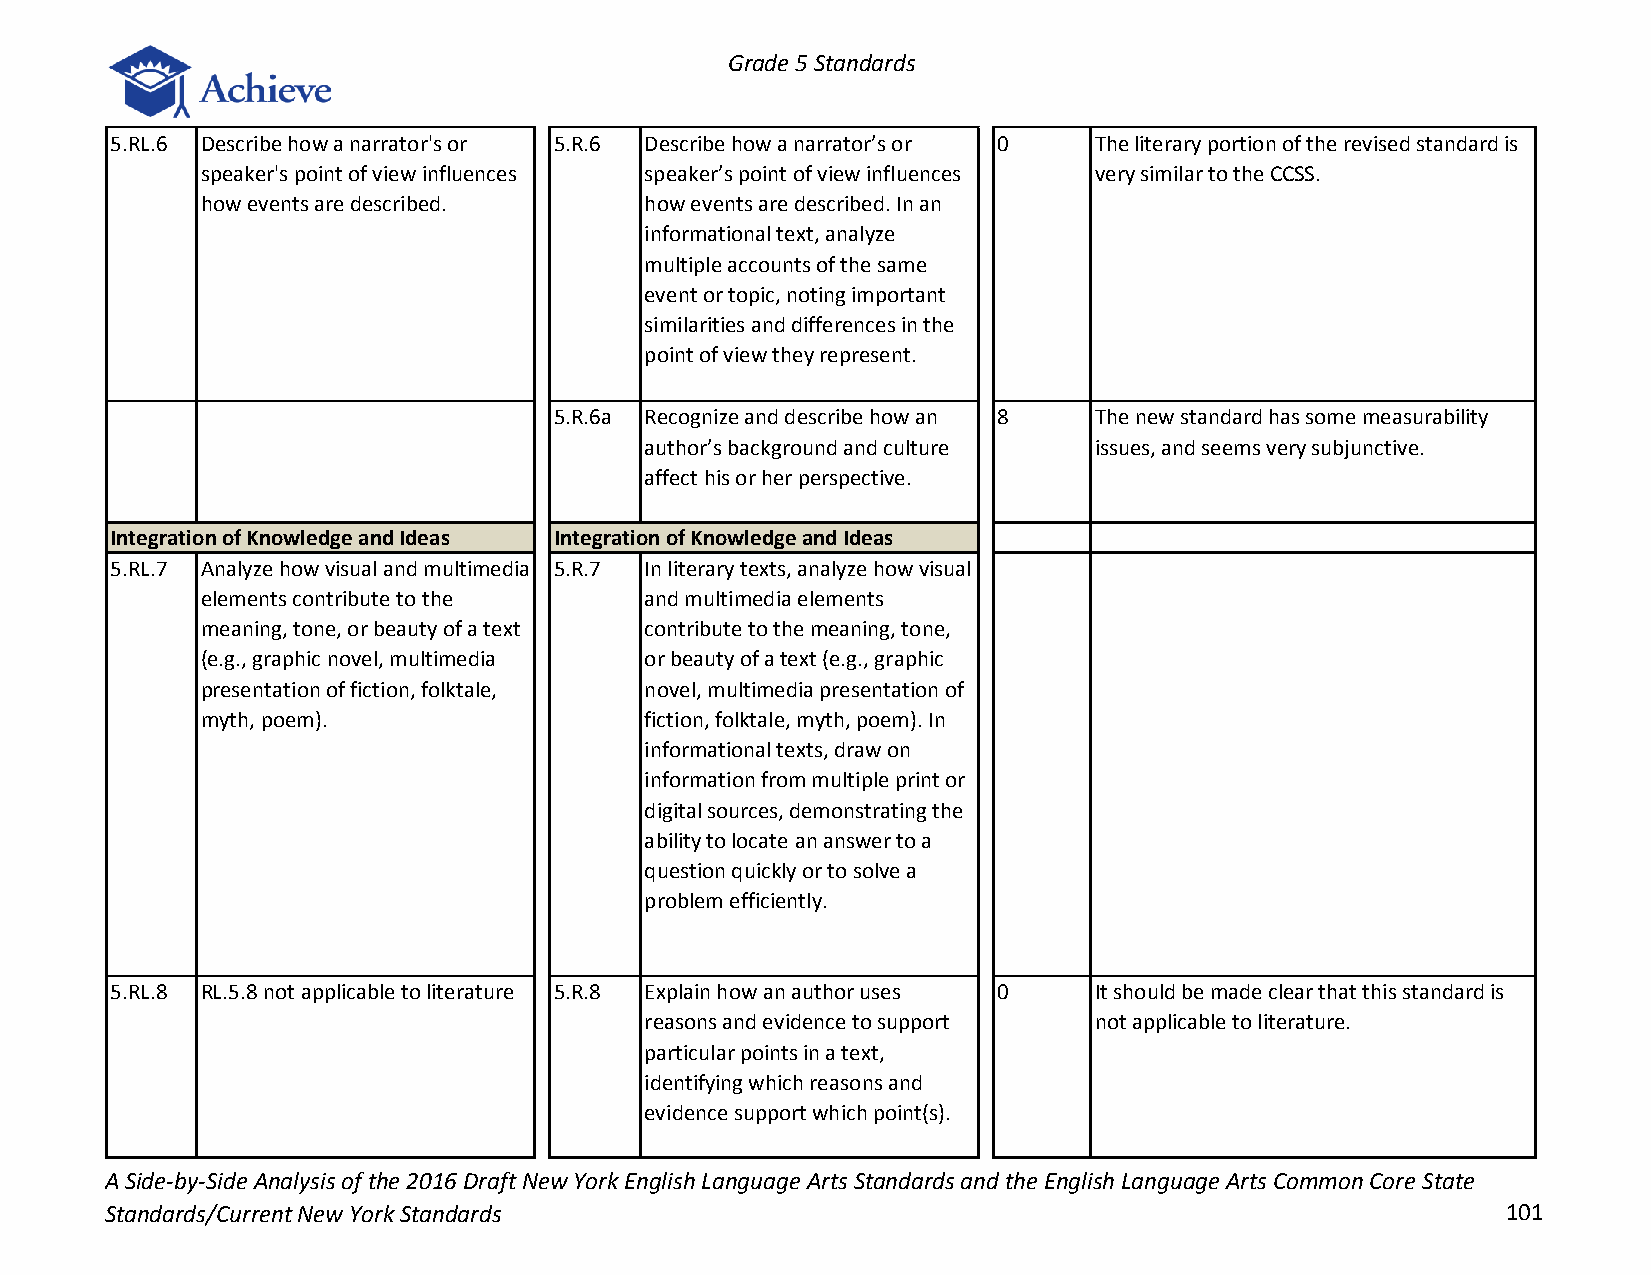
Grade 5 Standards
 5.RL.6 Describe how a narrator's or 5.R.6 Describe how a narrator’s or 0 The literary portion of the revised standard is
 speaker's point of view influences speaker’s point of view influences very similar to the CCSS.
 how events are described.     how events are described. In an
 informational text, analyze
 multiple accounts of the same
 event or topic, noting important
 similarities and differences in the
 point of view they represent.
 5.R.6a Recognize and describe how an 8 The new standard has some measurability
 author’s background and culture issues, and seems very subjunctive.
 affect his or her perspective.
 Integration of Knowledge and Ideas Integration of Knowledge and Ideas
 5.RL.7 Analyze how visual and multimedia 5.R.7 In literary texts, analyze how visual
 elements contribute to the    and multimedia elements
 meaning, tone, or beauty of a text contribute to the meaning, tone,
 (e.g., graphic novel, multimedia or beauty of a text (e.g., graphic
 presentation of fiction, folktale, novel, multimedia presentation of
 myth, poem).                  fiction, folktale, myth, poem). In
 informational texts, draw on
 information from multiple print or
 digital sources, demonstrating the
 ability to locate an answer to a
 question quickly or to solve a
 problem efficiently.
 5.RL.8 RL.5.8 not applicable to literature 5.R.8 Explain how an author uses 0 It should be made clear that this standard is
 reasons and evidence to support not applicable to literature.
 particular points in a text,
 identifying which reasons and
 evidence support which point(s).
 A Side-by-Side Analysis of the 2016 Draft New York English Language Arts Standards and the English Language Arts Common Core State
 Standards/Current New York Standards                                                         101